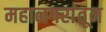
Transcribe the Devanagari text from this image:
महानगरांतून